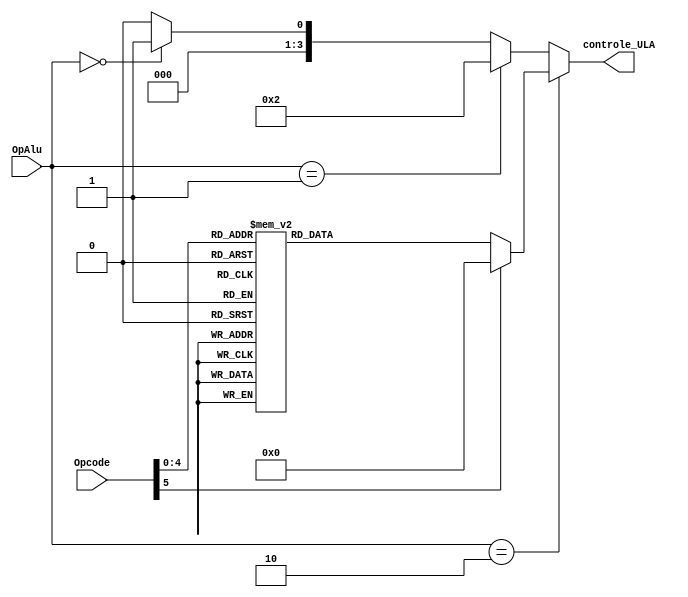
module controle_ALU (OpAlu, Opcode, controle_ULA);

	input [1:0] OpAlu;
	input [5:0] Opcode;
	
	output reg [3:0] controle_ULA;
	
	always @(*)
	begin
	
		controle_ULA = 4'b0;
	
		if (OpAlu == 2'b00) controle_ULA = 4'b0001;
		if (OpAlu == 2'b01) controle_ULA = 4'b0010;
	
		if (OpAlu == 2'b10) begin
		
			case (Opcode)
				6'b000101: controle_ULA = 4'b0011;
				6'b000111: controle_ULA = 4'b0100;
				6'b001011: controle_ULA = 4'b0110;
				6'b001100: controle_ULA = 4'b0101;
				6'b001101: controle_ULA = 4'b0111;
				6'b001110: controle_ULA = 4'b0111;
				6'b001111: controle_ULA = 4'b1000;
				6'b010000: controle_ULA = 4'b1000;
				6'b010001: controle_ULA = 4'b1001;
				6'b010010: controle_ULA = 4'b1001;
				6'b010011: controle_ULA = 4'b1010;
				6'b010110: controle_ULA = 4'b1011;
				default: controle_ULA = 4'b0000;		
			endcase
		end
	
	end

endmodule